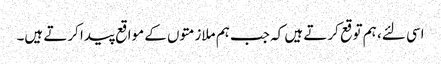
اسی لئے، ہم توقع کرتے ہیں کہ جب ہم ملازمتوں کے مواقع پیدا کرتے ہیں۔